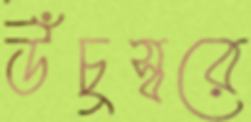
উঁচুস্বরে